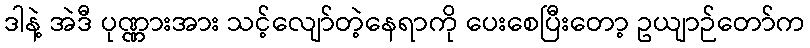
ဒါနဲ့ အဲဒီ ပုဏ္ဏားအား သင့်လျော်တဲ့နေရာကို ပေးစေပြီးတော့ ဥယျာဉ်တော်က